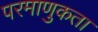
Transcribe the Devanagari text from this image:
परमाणुकता